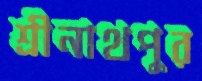
শ্রীনাথপুর